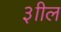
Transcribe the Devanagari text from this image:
३ाील